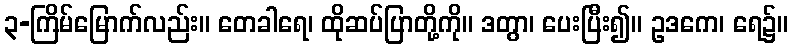
၃-ကြိမ်မြောက်လည်း။ တေခါရေ၊ ထိုဆပ်ပြာတို့ကို။ ဒတွာ၊ ပေးပြီး၍။ ဥဒကေ၊ ရေ၌။